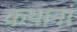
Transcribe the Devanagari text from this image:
कथानां